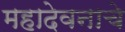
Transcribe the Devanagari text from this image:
महादेवनाचे